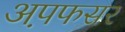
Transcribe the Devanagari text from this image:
अप़फसर